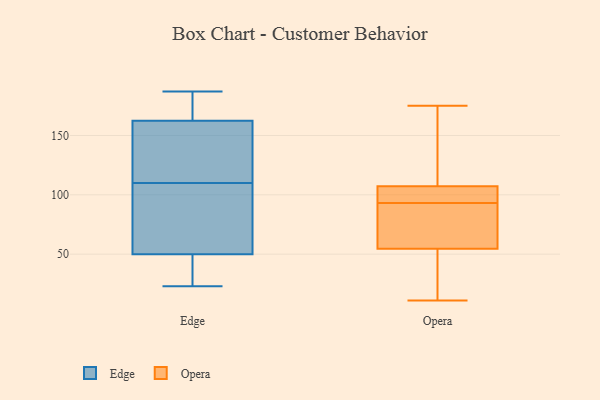
{"axis": {"x": "Market Share (%)", "y": "Value"}, "legend": ["Edge", "Opera"], "data": [{"x": "", "y": 100, "type": "Edge"}, {"x": "", "y": 26, "type": "Edge"}, {"x": "", "y": 173, "type": "Edge"}, {"x": "", "y": 152, "type": "Edge"}, {"x": "", "y": 183, "type": "Edge"}, {"x": "", "y": 45, "type": "Edge"}, {"x": "", "y": 148, "type": "Edge"}, {"x": "", "y": 55, "type": "Edge"}, {"x": "", "y": 187, "type": "Edge"}, {"x": "", "y": 146, "type": "Edge"}, {"x": "", "y": 183, "type": "Edge"}, {"x": "", "y": 99, "type": "Edge"}, {"x": "", "y": 120, "type": "Edge"}, {"x": "", "y": 39, "type": "Edge"}, {"x": "", "y": 23, "type": "Edge"}, {"x": "", "y": 56, "type": "Edge"}, {"x": "", "y": 11, "type": "Opera"}, {"x": "", "y": 128, "type": "Opera"}, {"x": "", "y": 175, "type": "Opera"}, {"x": "", "y": 89, "type": "Opera"}, {"x": "", "y": 100, "type": "Opera"}, {"x": "", "y": 71, "type": "Opera"}, {"x": "", "y": 44, "type": "Opera"}, {"x": "", "y": 58, "type": "Opera"}, {"x": "", "y": 117, "type": "Opera"}, {"x": "", "y": 102, "type": "Opera"}, {"x": "", "y": 104, "type": "Opera"}, {"x": "", "y": 93, "type": "Opera"}, {"x": "", "y": 42, "type": "Opera"}]}